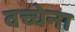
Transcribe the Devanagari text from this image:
वच्चेना